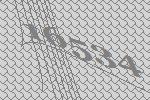
16534